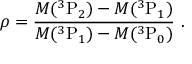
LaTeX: \rho = \frac { M ( { } ^ { 3 } \mathrm { P } _ { 2 } ) - M ( { } ^ { 3 } \mathrm { P } _ { 1 } ) } { M ( { } ^ { 3 } \mathrm { P } _ { 1 } ) - M ( { } ^ { 3 } \mathrm { P } _ { 0 } ) } \ .